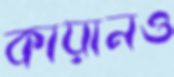
কায়ানও